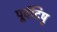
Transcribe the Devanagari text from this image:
पूर्वदिषु